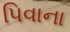
પિવાના